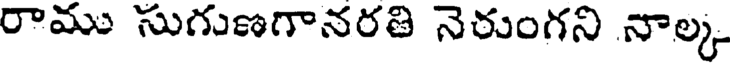
రాము సుగుణగానరతి నెరుంగని నాల్క